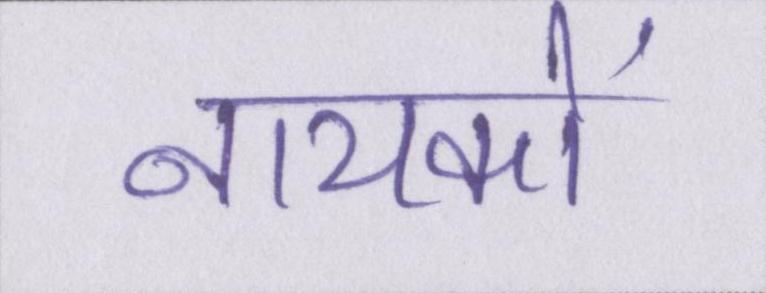
नायकों